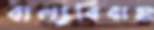
বাল্যবিবাহ